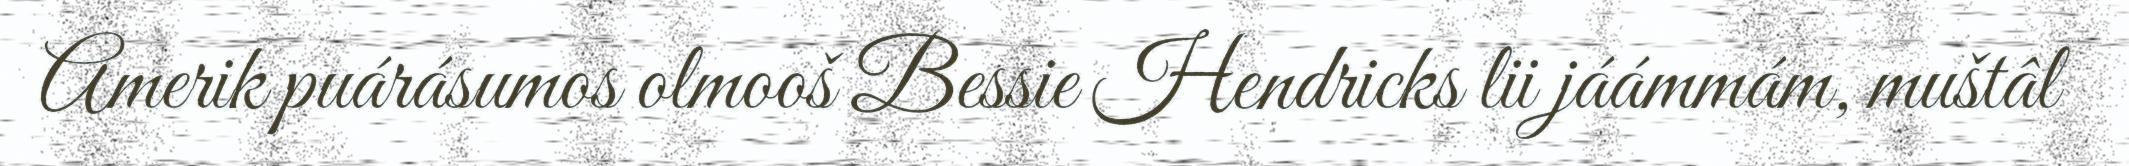
Amerik puárásumos olmooš Bessie Hendricks lii jáámmám, muštâl